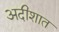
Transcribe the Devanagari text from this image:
अदीशात